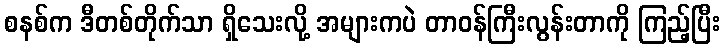
စနစ်က ဒီတစ်တိုက်သာ ရှိသေးလို့ အများကပဲ တာဝန်ကြီးလွန်းတာကို ကြည့်ပြီး